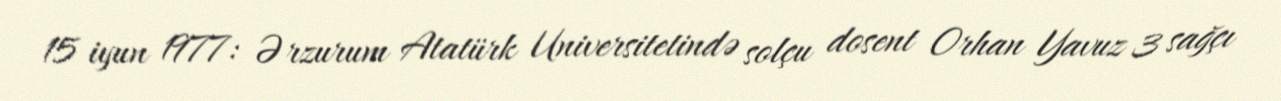
15 iyun 1977: Ərzurum Atatürk Universitetində solçu dosent Orhan Yavuz 3 sağçı